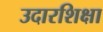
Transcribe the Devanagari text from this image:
उदारशिक्षा